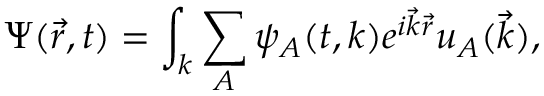
\Psi ( \vec { r } , t ) = \int _ { k } \sum _ { A } \psi _ { A } ( t , k ) e ^ { i { \vec { k } } { \vec { r } } } u _ { A } ( \vec { k } ) ,